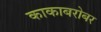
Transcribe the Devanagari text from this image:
काकाबरोबर